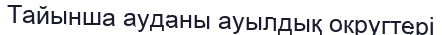
Тайынша ауданы ауылдық округтері